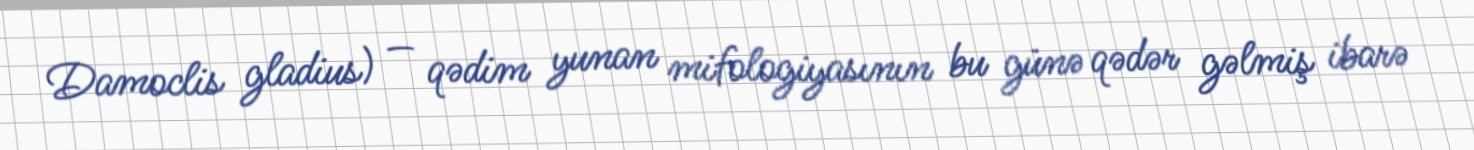
Damoclis gladius) — qədim yunan mifologiyasının bu günə qədər gəlmiş ibarə